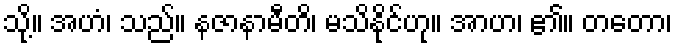
သို့။ အဟံ၊ သည်။ နဇာနာမီတိ၊ မသိနိုင်ဟု။ အာဟ၊ ၏။ တတော၊